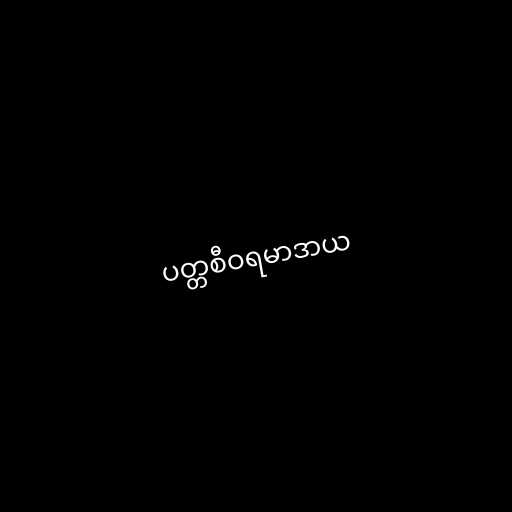
ပတ္တစီဝရမာဒာယ